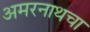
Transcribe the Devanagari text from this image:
अमरनाथचा